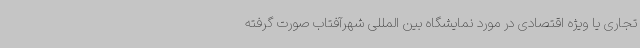
تجاری یا ویژه اقتصادی در مورد نمایشگاه بین المللی شهرآفتاب صورت گرفته